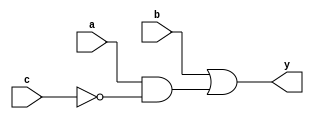
module dont_care_example (
    input wire a,       // Input A
    input wire b,       // Input B
    input wire c,       // Input C
    output wire y       // Output Y
);

// Define the logic function with Don't Care conditions
// Let's assume the truth table is as follows:
// a b c | y
// 0 0 0 | 0
// 0 0 1 | 1  (Don't Care)
// 0 1 0 | 1
// 0 1 1 | 1
// 1 0 0 | 0
// 1 0 1 | 1  (Don't Care)
// 1 1 0 | 0
// 1 1 1 | 1

// The simplified expression considering Don't Care conditions is:
// y = b | (a & ~c)

assign y = (b) | (a & ~c);

endmodule